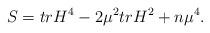
LaTeX: \begin{align*}S = trH^{4} -2{\mu}^{2} trH^{2} +n{\mu}^{4}. \end{align*}